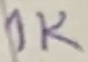
Text: 1K